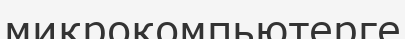
микрокомпьютерге